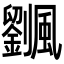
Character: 𩙔